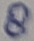
Text: 8